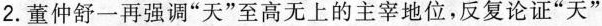
2.董仲舒一再强调”天”至高无上的主宰地位，反复论证”天”